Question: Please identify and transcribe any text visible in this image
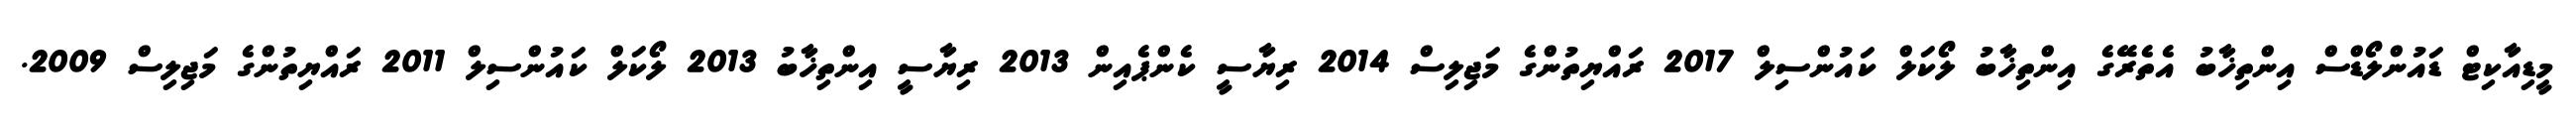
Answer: މީޑިއާކިޓް ޑައުންލޯޑްސް އިންތިޚާބު އެތެރޭގެ އިންތިޚާބު ލޯކަލް ކައުންސިލް 2017 ރައްޔިތުންގެ މަޖިލިސް 2014 ރިޔާސީ ކެންޕެއިން 2013 ރިޔާސީ އިންތިޚާބު 2013 ލޯކަލް ކައުންސިލް 2011 ރައްޔިތުންގެ މަޖިލިސް 2009.